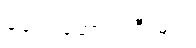
ခေါင်းဆောင်ကြီးများ